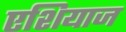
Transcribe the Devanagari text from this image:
एशियाज